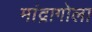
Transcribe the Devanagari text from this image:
मांद्रागोला